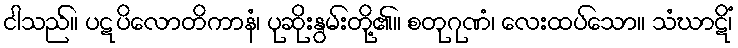
ငါသည်။ ပဋပိလောတိကာနံ၊ ပုဆိုးနွမ်းတို့၏။ စတုဂုဏံ၊ လေးထပ်သော။ သံဃာဋိံ၊